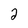
Character: 2